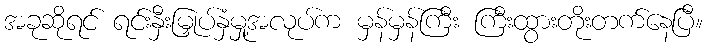
အခုဆိုရင် ရင်းနှီးမြှုပ်နှံမှု့အလုပ်က မှန်မှန်ကြီး ကြီးထွားတိုးတက်နေပြီ။